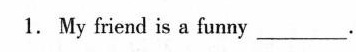
1.My friend is a funny ___ .